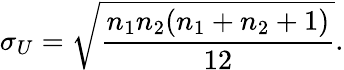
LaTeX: \sigma_{U}={\sqrt{\frac{n_{1}n_{2}(n_{1}+n_{2}+1)}{12}}}.